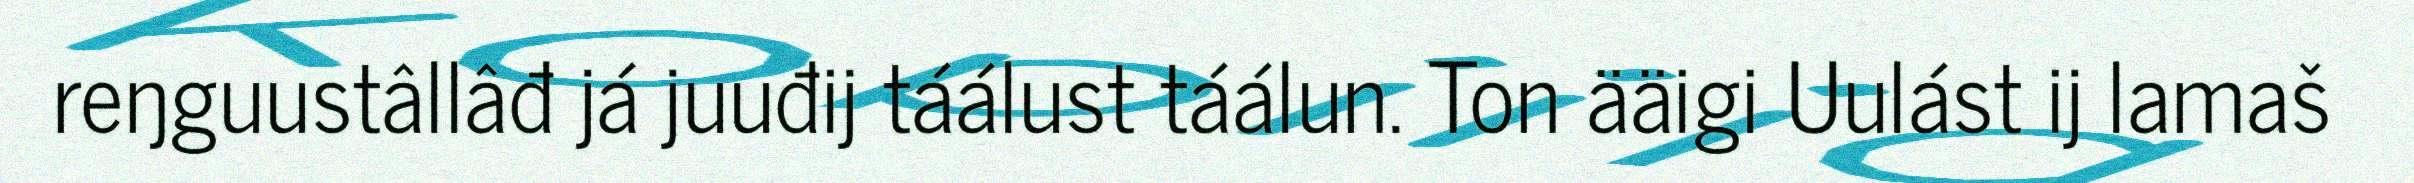
reŋguustâllâđ já juuđij táálust táálun. Ton ääigi Uulást ij lamaš